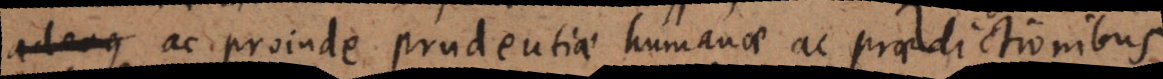
ideoque ac proinde prudentiae humanae ac praedictionibus